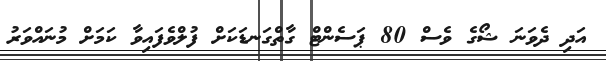
އަދި ދެވަނަ ޝޯގެ ވެސް 80 ޕަސެންޓް ގާތްގަނޑަކަށް ފުލްވެފައިވާ ކަމަށް މުނައްވަރު